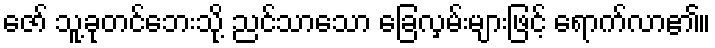
ဇော် သူ့ခုတင်ဘေးသို့ ညင်သာသော ခြေလှမ်းများဖြင့် ရောက်လာ၏။